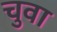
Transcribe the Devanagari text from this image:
चुवा